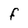
Character: f